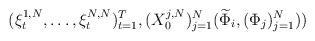
LaTeX: \begin{align*}(\xi^{1,N}_t, \dots, \xi^{N,N}_t)_{t=1}^T, (X^{j,N}_0)_{ j =1}^N (\widetilde\Phi_i, (\Phi_j)_{j=1}^N)) \end{align*}